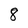
Character: 8